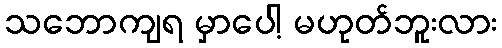
သဘောကျရ မှာပေါ့ မဟုတ်ဘူးလား